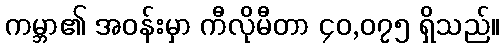
ကမ္ဘာ၏ အဝန်းမှာ ကီလိုမီတာ ၄၀,၀၇၅ ရှိသည်။